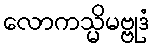
လောကသ္မိမဗ္ဗုဒံ